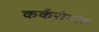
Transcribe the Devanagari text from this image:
कर्करोगांत